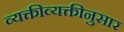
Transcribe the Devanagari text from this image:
व्यक्तीव्यक्तीनुसार